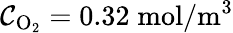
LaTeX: \mathcal{C}_{\mathrm{{O}}_{2}}=0.32\; \mathrm{{mol}}/\mathrm{{m}}^{3}